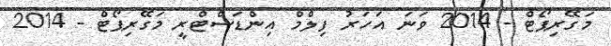
މަގޭރިޕޯޓް - 2014 ވަނަ އަހަރު ފިލްމް އިންޑަސްޓްރީ މަގޭރިޕޯޓް - 2014